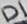
Text: D1